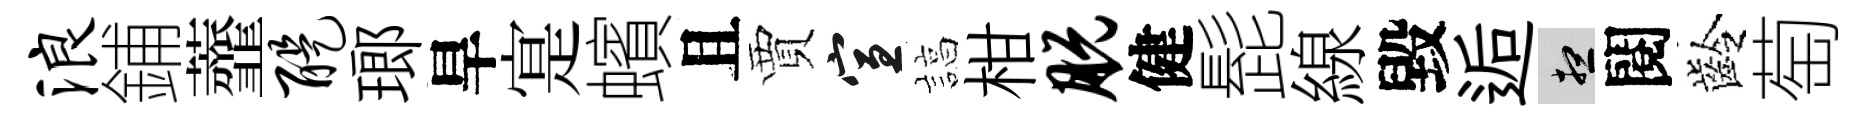
浪鋪虀醍瑯旱寔蠙且賈宣諄柑脱健髭線毀逅想閱齡萄